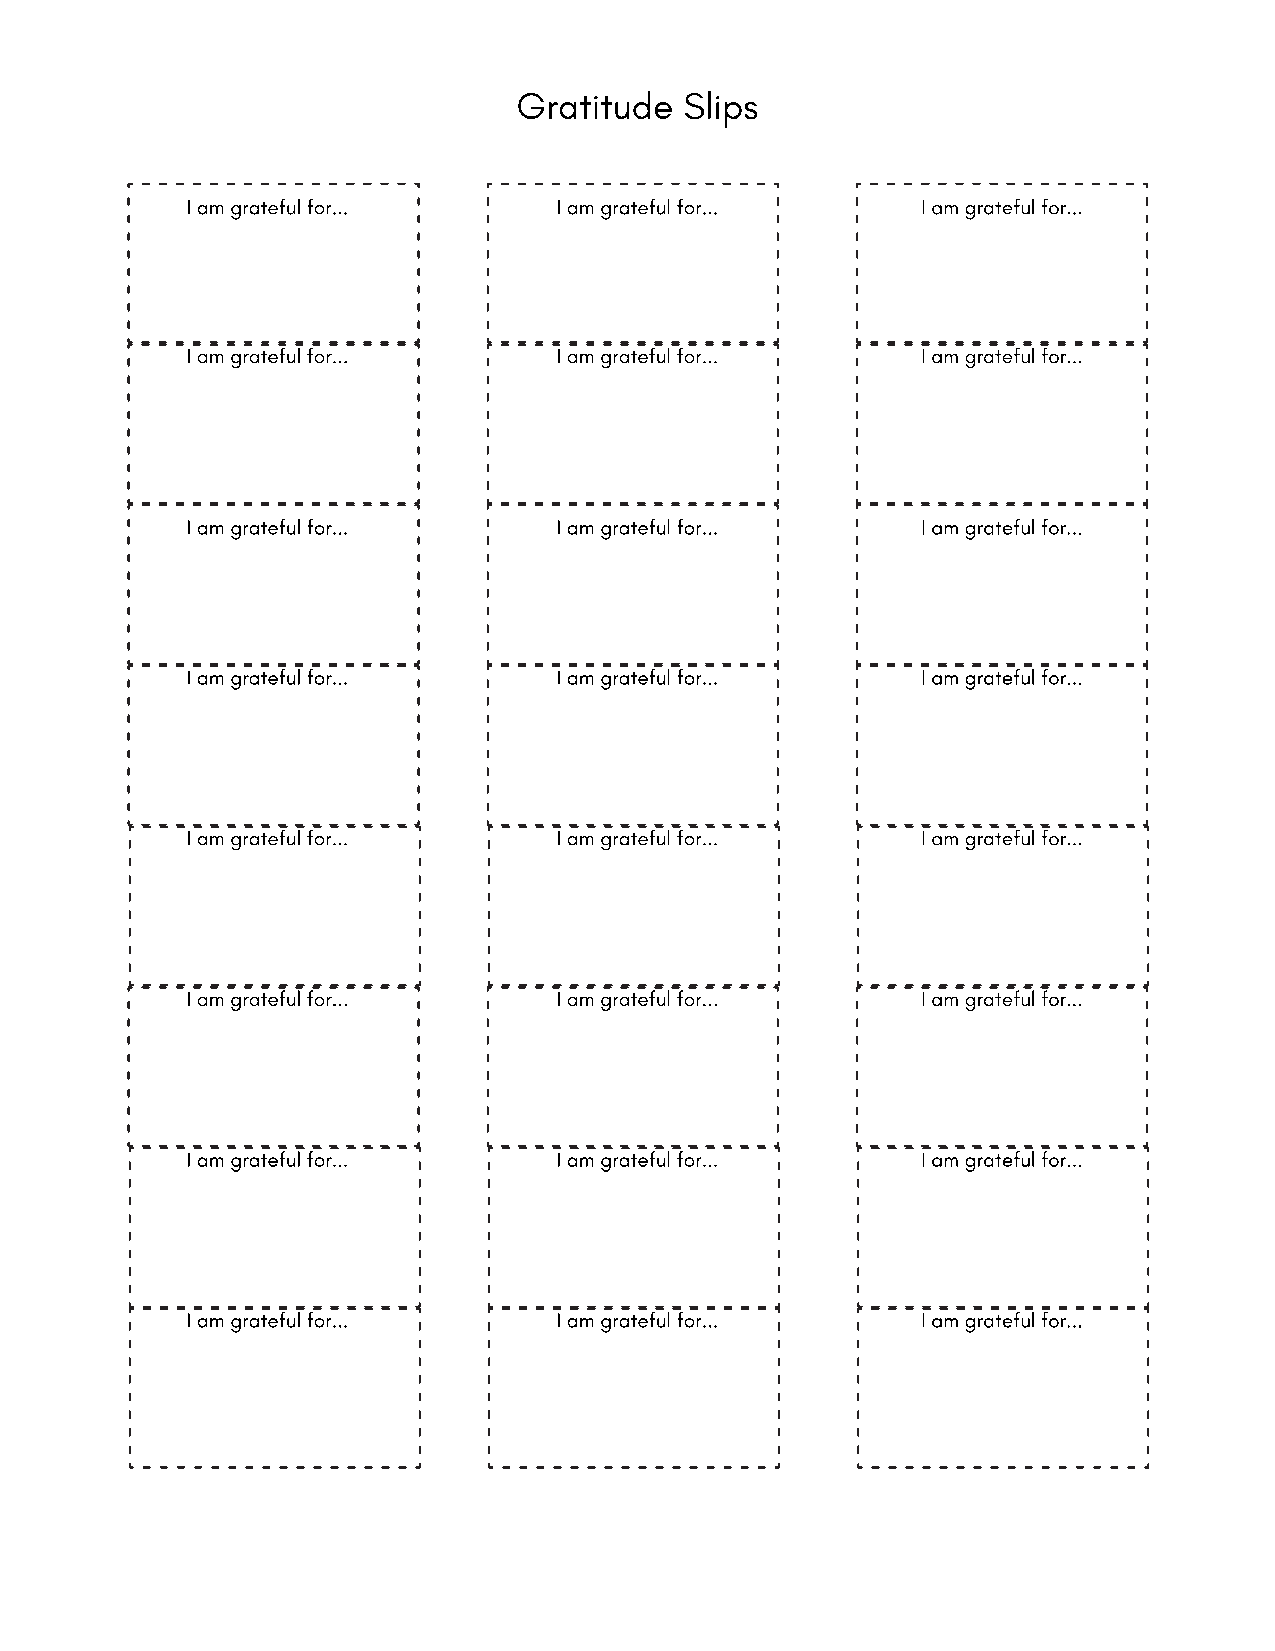
Gratitude  Slips
 I am grateful for...     I am grateful for...    I am grateful for...
 I am grateful for...     I am grateful for...    I am grateful for...
 I am grateful for...     I am grateful for...    I am grateful for...
 I am grateful for...     I am grateful for...    I am grateful for...
 I am grateful for...     I am grateful for...    I am grateful for...
 I am grateful for...     I am grateful for...    I am grateful for...
 I am grateful for...     I am grateful for...    I am grateful for...
 I am grateful for...     I am grateful for...    I am grateful for...